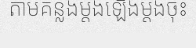
តាមគន្លងម្តងឡើងម្តងចុះ